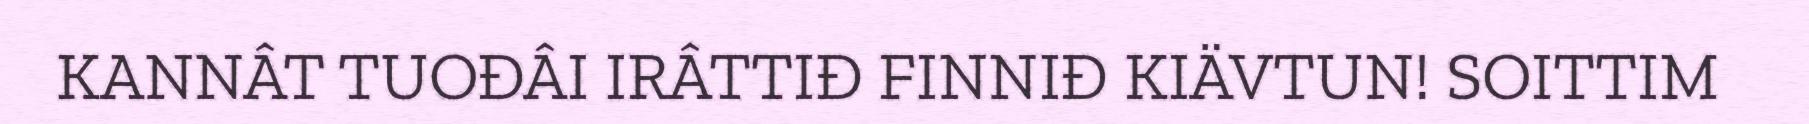
KANNÂT TUOĐÂI IRÂTTIĐ FINNIĐ KIÄVTUN! SOITTIM